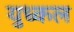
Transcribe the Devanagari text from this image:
युध्कल